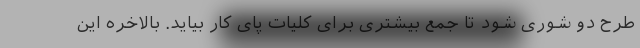
طرح دو شوری شود تا جمع بیشتری برای کلیات پای کار بیاید. بالاخره این